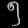
Digit: ၅